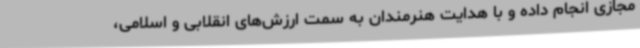
مجازی انجام داده و با هدایت هنرمندان به سمت ارزش‌های انقلابی و اسلامی،